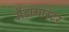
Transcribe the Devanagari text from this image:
मैडागास्टर